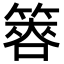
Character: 𥰫